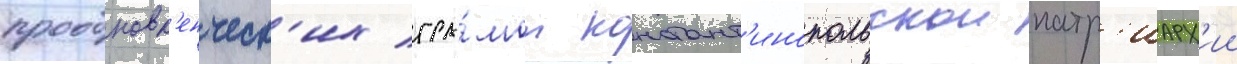
прообновл'енческ'их гра́мот констант'инопольскои патр'иарх'ии